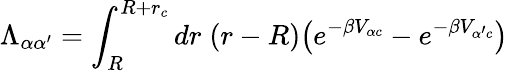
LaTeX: \Lambda_{\alpha\alpha^{\prime}}=\int_{R}^{R+r_{c}}dr\; (r-R)\big(e^{-\beta V_{\alpha c}}-e^{-\beta V_{\alpha^{\prime}c}}\big)